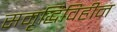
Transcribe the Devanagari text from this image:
समृद्धिविहीन